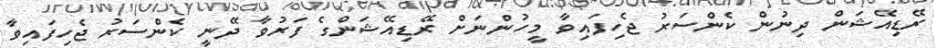
ރޭޑިއޭޝަން ދިނުން ކެންސަރު ޖެހިފައިވާ މީހުންނަށް ރޭޑިއޭޝަންގެ ފަރުވާ ދޭނީ ކެންސަރު ޖެހިފައިވާ